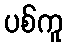
ပစ်ကူ